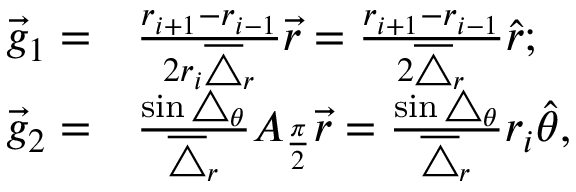
\begin{array} { r l } { \vec { g } _ { 1 } = } & { \frac { r _ { i + 1 } - r _ { i - 1 } } { 2 r _ { i } \overline { { \triangle } } _ { r } } \vec { r } = \frac { r _ { i + 1 } - r _ { i - 1 } } { 2 \overline { { \triangle } } _ { r } } \hat { r } ; } \\ { \vec { g } _ { 2 } = } & { \frac { \sin \triangle _ { \theta } } { \overline { { \triangle } } _ { r } } A _ { \frac { \pi } { 2 } } \vec { r } = \frac { \sin \triangle _ { \theta } } { \overline { { \triangle } } _ { r } } r _ { i } \hat { \theta } , } \end{array}